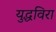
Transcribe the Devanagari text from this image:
युद्धविरा